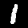
Label: 1